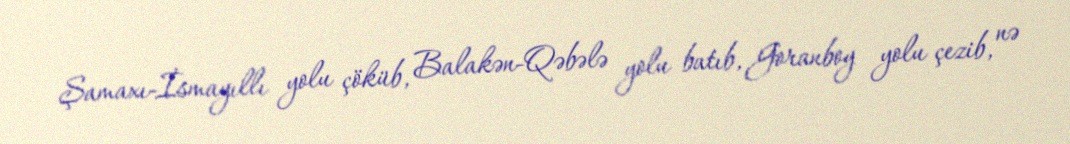
Şamaxı-İsmayıllı yolu çöküb, Balakən-Qəbələ yolu batıb, Goranboy yolu çezib, nə